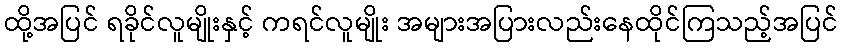
ထို့အပြင် ရခိုင်လူမျိုးနှင့် ကရင်လူမျိုး အများအပြားလည်းနေထိုင်ကြသည့်အပြင်